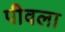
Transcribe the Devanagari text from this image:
पीवला